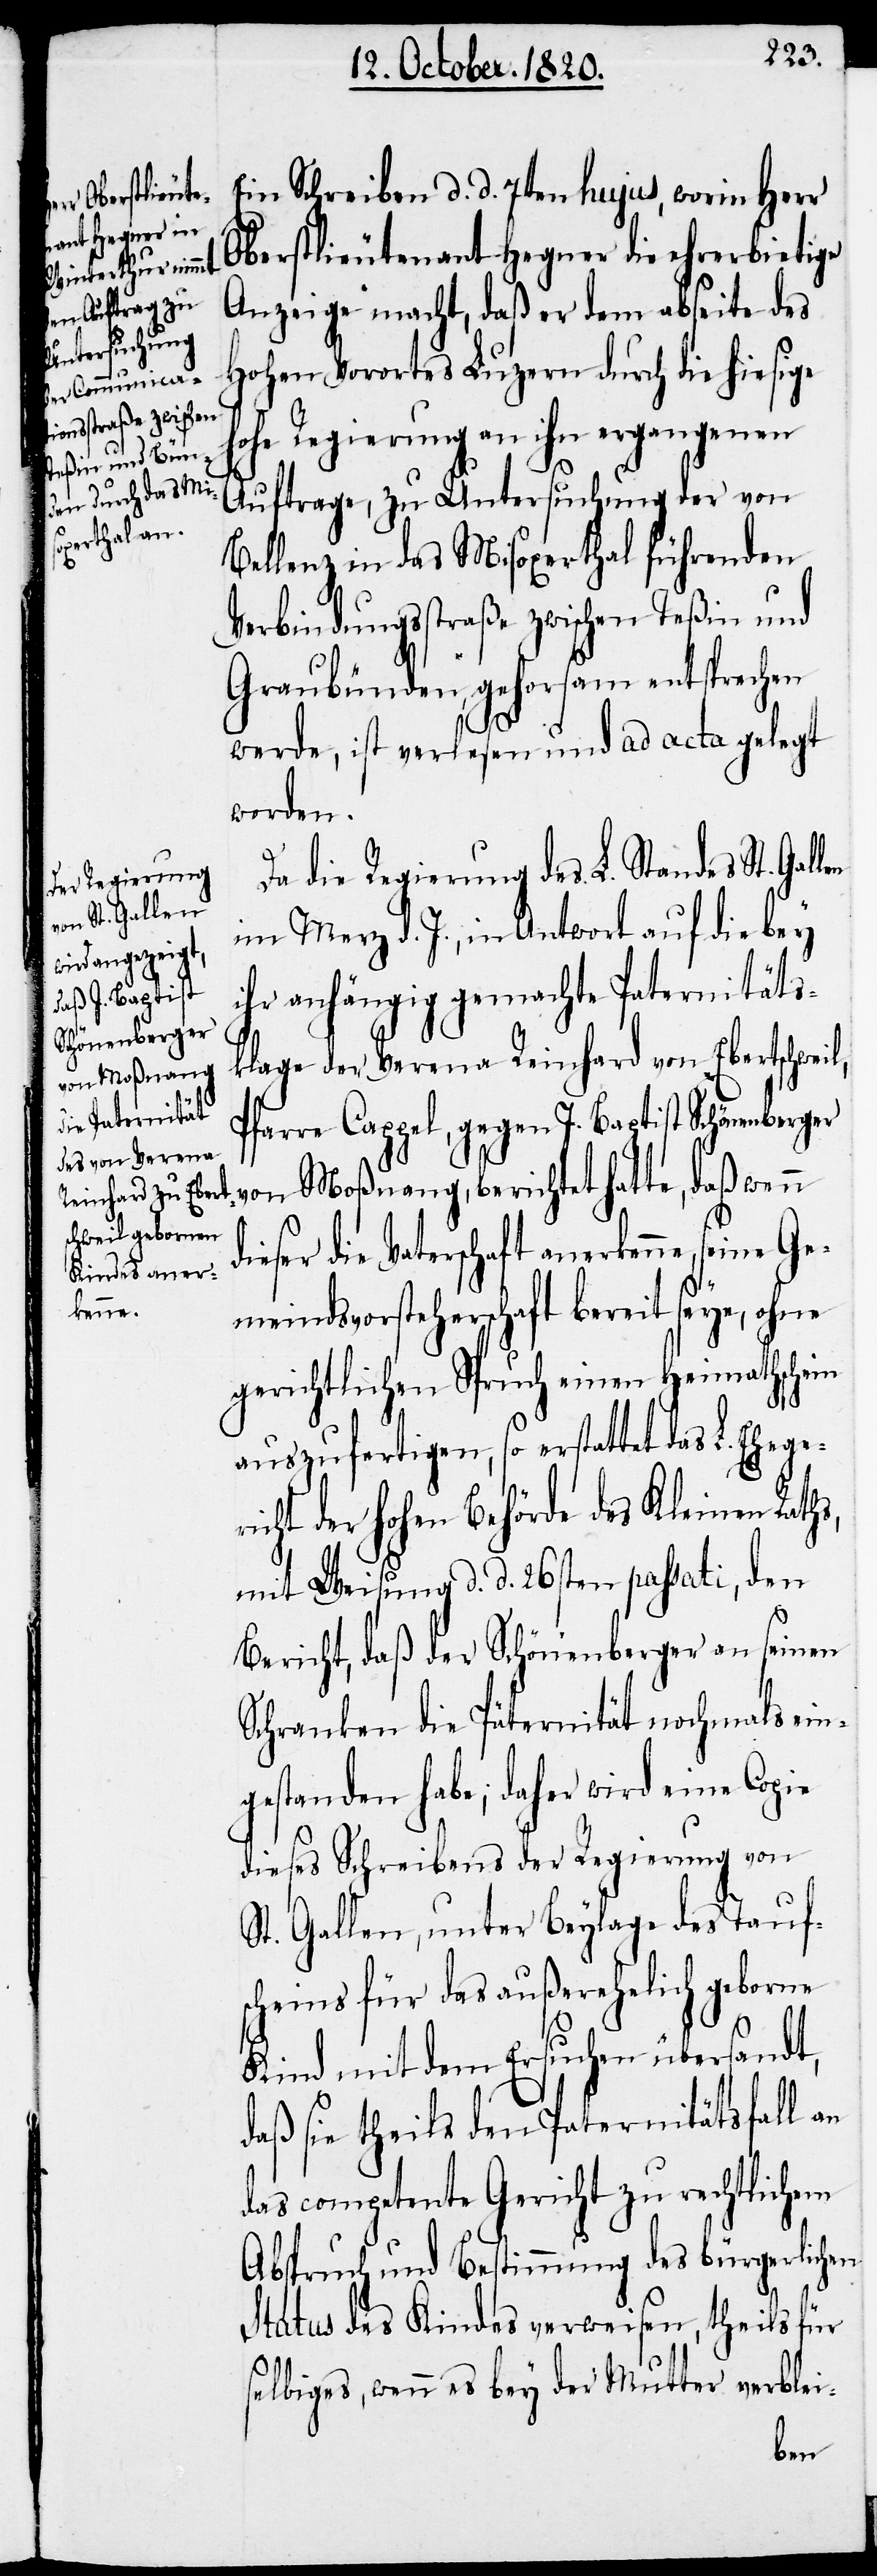
nochmals ein¬
es St. Gallen
die Päternität

s,
Ein Schreiben d. d. 7ten hujus, worin Herr
Oberstlieutenant Hegner die ehrerbietige
Anzeige macht, daß er dem abseite des
Hohen Vorortes Luzern durch die hiesige
ohe Regierung an ihn ergangenen
Auftrage, zu Untersuchung der von
Bellenz in das Misoxerthal führenden
Verbindungsstraße zwischen Teßin und
Graubünden, gehorsam entsprechen
werde, ist verlesen und ad acta gelegt
worden.
Da die Regierung des L. Stand¬
im Merz d. J., in Antwort auf die bey
ihr anhängig gemachte Paternitäts¬
klage der Verena Reinhard von Ebertschwei¬
Pfarre Cappel, gegen J. Baptist Schönenberger
von Moßnang, berichtet hatte, daß wenn
dieser die Vaterschaft anerkenne, se¬
meindsvorsteherschaft bereit seye, ohne
gerichtlichen Spruch einen Heimathschein
auszufertigen, so erstattet das L.
der hohen Behörde des Kleinen Rath¬
mit Weisung d. d. 26sten passati, den
Bericht, daß der Schönenberger an seinen
gestanden habe; daher wird eine Copie
dieses Schreibens der Regierung von
St. Gallen, unter Beylage des Tauf¬
scheins für das außerehelich geborne
Kind mit dem Ersuchen übersandt,
daß sie theils den Paternitätsfall an
das competente Gericht zu rechtlichem
Abspruch und Bestimmung des bürgerlichen
Status des Kindes verweisen, theils für
selbiges, wenn es bey der Mutter verblei-
l,